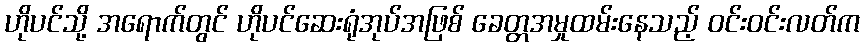
ဟိုပင်သို့ အရောက်တွင် ဟိုပင်ဆေးရုံအုပ်အဖြစ် ခေတ္တအမှုထမ်းနေသည့် ဝင်းဝင်းလတ်က